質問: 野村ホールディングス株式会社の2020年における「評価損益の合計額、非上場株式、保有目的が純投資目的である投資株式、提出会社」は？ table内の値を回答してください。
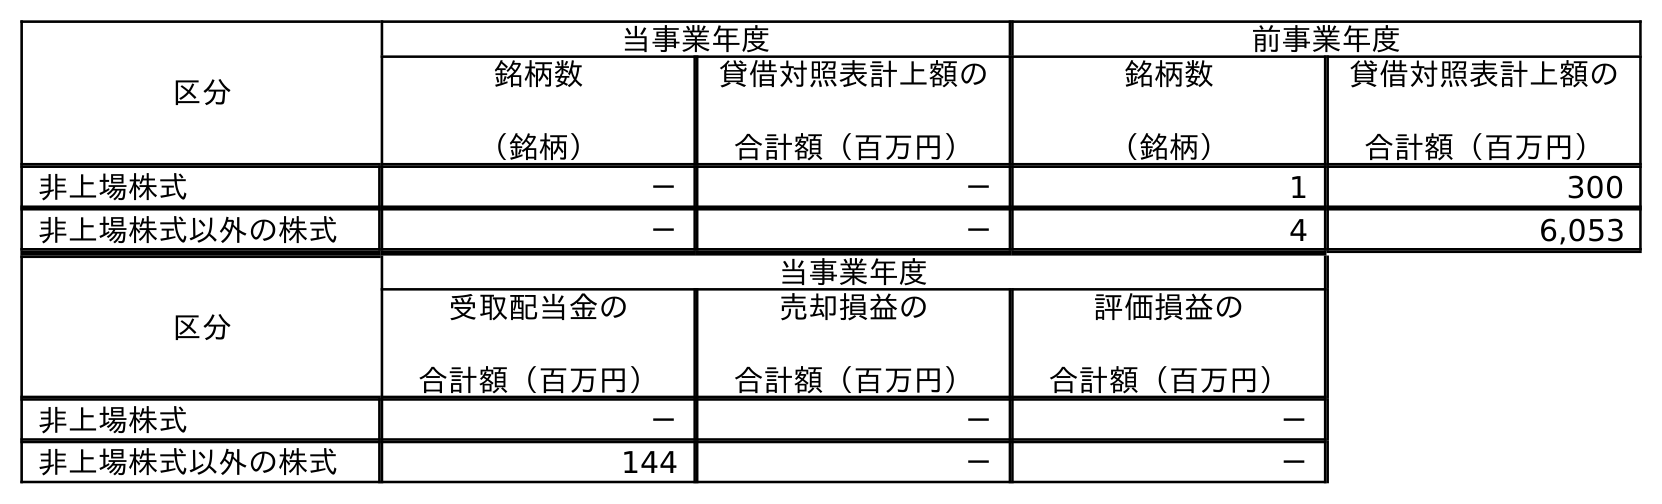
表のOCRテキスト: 区分 当事業年度 前事業年度 銘柄数 （銘柄） 貸借対照表計上額の 合計額（百万円） 銘柄数 （銘柄） 貸借対照表計上額の 合計額（百万円） 非上場株式 － － 1 300 非上場株式以外の株式 － － 4 6,053 区分 当事業年度 受取配当金の 合計額（百万円） 売却損益の 合計額（百万円） 評価損益の 合計額（百万円） 非上場株式 － － － 非上場株式以外の株式 144 － －
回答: －